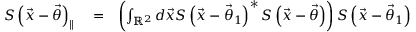
\begin{array} { r l r } { S \left( \vec { x } - \vec { \theta } \right) _ { \parallel } } & { { } = } & { \left( \int _ { \mathbb { R } ^ { 2 } } d \vec { x } S \left( \vec { x } - \vec { \theta } _ { 1 } \right) ^ { \ast } S \left( \vec { x } - \vec { \theta } \right) \right) S \left( \vec { x } - \vec { \theta } _ { 1 } \right) } \end{array}